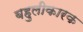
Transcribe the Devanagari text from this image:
बहुलीकारक